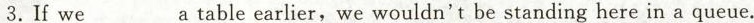
3.If we___a table earlier, we wouldn't be standing here in a queue.